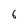
Character: 6